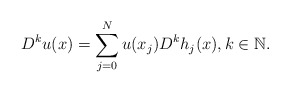
\begin{align*}D^k u(x)=\sum_{j=0}^N u(x_j) D^kh_j(x), k\in {\mathbb N}.\end{align*}